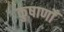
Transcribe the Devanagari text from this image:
कुषाणोँ